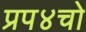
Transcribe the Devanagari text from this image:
प्रप४चो